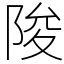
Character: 陖